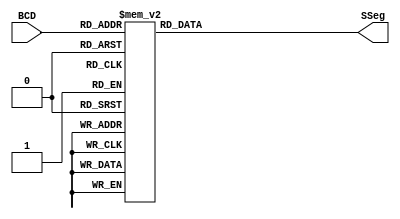
module BCDtoSSeg (BCD, SSeg);

  input [3:0] BCD;
  output reg [6:0] SSeg;

  always @ ( * ) begin
  
  case (BCD)
   4'b0000: SSeg = 7'b0000001; // "0"  
	4'b0001: SSeg = 7'b1001111; // "1" 
	4'b0010: SSeg = 7'b0010010; // "2" 
	4'b0011: SSeg = 7'b0000110; // "3" 
	4'b0100: SSeg = 7'b1001100; // "4" 
	4'b0101: SSeg = 7'b0100100; // "5" 
	4'b0110: SSeg = 7'b0100000; // "6" 
	4'b0111: SSeg = 7'b0001111; // "7" 
	4'b1000: SSeg = 7'b0000000; // "8"  
	4'b1001: SSeg = 7'b0000100; // "9" 
   4'ha: SSeg = 7'b0001000;  
   4'hb: SSeg = 7'b1100000;
   4'hc: SSeg = 7'b0110001;
   4'hd: SSeg = 7'b1000010;
   4'he: SSeg = 7'b0110000;
   4'hf: SSeg = 7'b0111000;
  
	default:
   SSeg = 7'b1111111;
	endcase

	end

endmodule